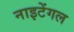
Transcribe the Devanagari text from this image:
नाइटेंगल